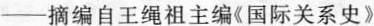
——摘编自王绳祖主编《国际关系史》